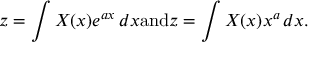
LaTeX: z = \int X ( x ) e ^ { a x } \, d x { \mathrm { a n d } } z = \int X ( x ) x ^ { a } \, d x .